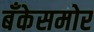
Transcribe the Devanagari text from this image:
बँकेसमोर